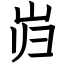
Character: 岿